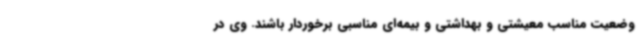
وضعیت مناسب معیشتی و بهداشتی و بیمه‌ای مناسبی برخوردار باشند. وی در